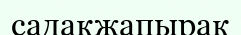
садақжапырақ